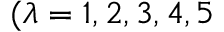
( \lambda = 1 , 2 , 3 , 4 , 5